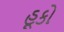
હૂકો